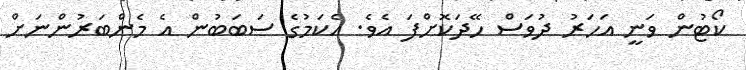
ކޯޓުން ވަނީ އަހަރު ދުވަސް ހޭދަކޮށްފަ އެވެ. އެކަމުގެ ސަބަބުން އެ މެންބަރުންނަށް